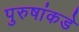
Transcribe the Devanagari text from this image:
पुरुषांकडे